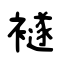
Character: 襚